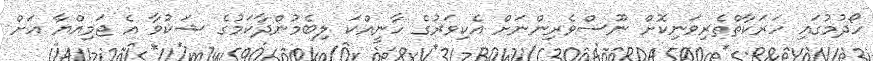
ހޯދުމުގައި ހަރަކާތްތެރިވަނިކޮށް ނޫސްވެރިންނަށް އެކިވަރުގެ ހާނީއްކަ ލިބެމުންދާކަމުގެ ޝަކުވާ އެ ޖަމިއްޔާ އަށް